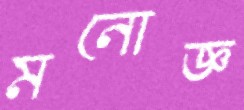
মনোজ্ঞ